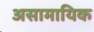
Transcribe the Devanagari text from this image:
असामायिक